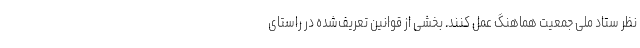
نظر ستاد ملی جمعیت هماهنگ عمل کنند. بخشی از قوانین تعریف‌شده در راستای